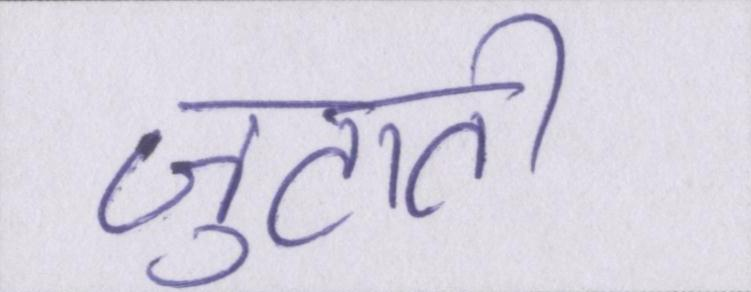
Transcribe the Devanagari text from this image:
जुटाती